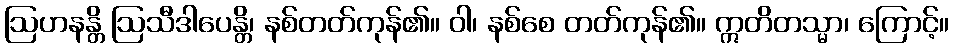
ဩဟနန္တိ ဩသီဒါပေန္တိ၊ နစ်တတ်ကုန်၏။ ဝါ၊ နစ်စေ တတ်ကုန်၏။ ဣတိတသ္မာ၊ ကြောင့်။